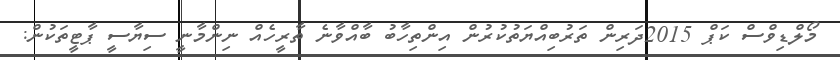
މޯލްޑިވްސް ކަޕް 2015ދަރިން ތަރުބިއްޔަތުކުރުން އިންތިހާބު ބާއްވާނެ ތާރީހެއް ނިންމާނީ ސިޔާސީ ޕާޓީތަކުން: